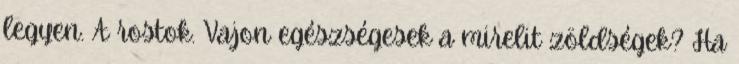
legyen. A rostok. Vajon egészségesek a mirelit zöldségek? Ha